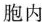
胞内